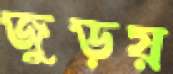
জুড়য়